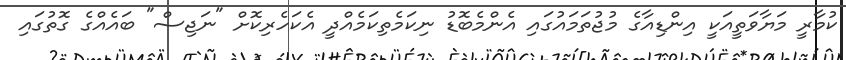
ކުމާރީ މަޔާވަތީއަކީ އިންޑިއާގެ މުޖުތަމައުގައި އެންމެބޮޑު ނިކަމެތިކަމެއްދީ އެކަހެރިކޮށް "ނަޖިސް" ބައެއްގެ ގޮތުގައި